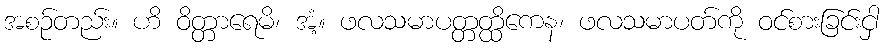
အစဉ်တည်း။ ဟိ ဝိတ္တာရေမိ၊ အံ့။ ဖလသမာပတ္တတ္ထိကေန၊ ဖလသမာပတ်ကို ဝင်စားခြင်းငှါ